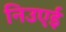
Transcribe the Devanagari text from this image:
निउएई